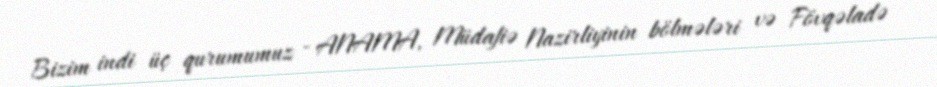
Bizim indi üç qurumumuz - ANAMA, Müdafiə Nazirliyinin bölmələri və Fövqəladə